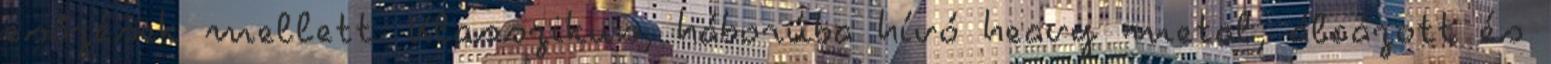
esőzések mellett. Klasszikus, háborúba hívó heavy metal, álcázott és